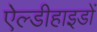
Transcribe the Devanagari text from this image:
ऐल्डीहाइडों